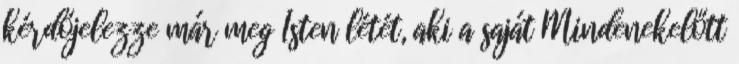
kérdőjelezze már meg Isten létét, aki a saját Mindenekelőtt